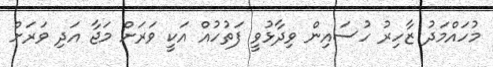
މުހައްމަދު ޒާހިރު ހުސައިން ވިދާޅުވީ ފަތުހުއް އަކީ ވަރަށް މަޖާ އަދި ވަރަށް